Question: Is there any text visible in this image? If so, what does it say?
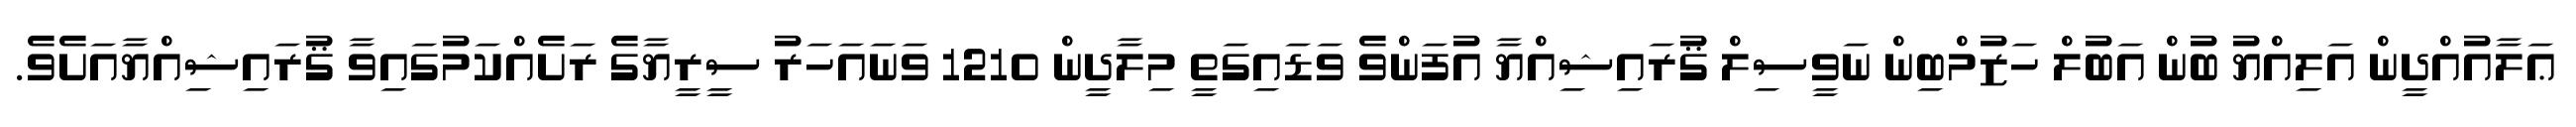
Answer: ޢަލާއުއްދީން އަލިއްޔު ބުން އަބުލް ހަޒުމްބިން ނަވީސިލް ޤުރައިޝިއްޔާ އުފަންވެ ވަޑައިގަތީ މިލާދީން 1210 ވަނައަހަރު ސީރީޔާގެ ރަށެއްކަމުގައިވާ ޤުރައިޝިއްޔާއަށެވެ.